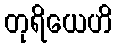
တုရိယေဟိ